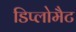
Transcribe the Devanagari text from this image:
डिप्लोमैट